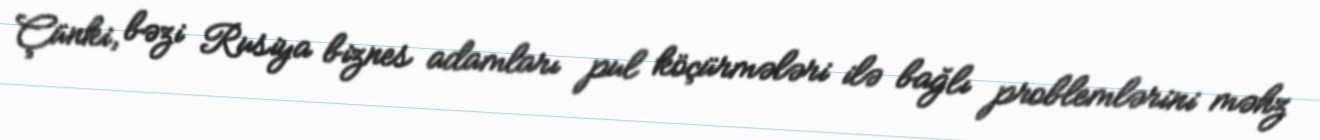
Çünki, bəzi Rusiya biznes adamları pul köçürmələri ilə bağlı problemlərini məhz